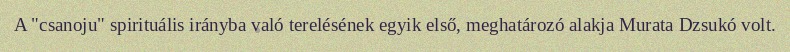
A "csanoju" spirituális irányba való terelésének egyik első, meghatározó alakja Murata Dzsukó volt.